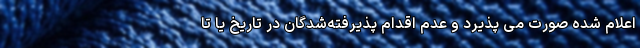
اعلام شده صورت می پذیرد و عدم اقدام پذیرفته‌شدگان در تاریخ‌ یا تا